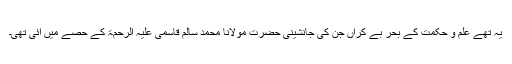
یہ تھے علم و حکمت کے بحر بے کراں جن کی جانشینی حضرت مولانا محمد سالم قاسمی علیہ الرحمۃ کے حصے میں آئی تھی۔